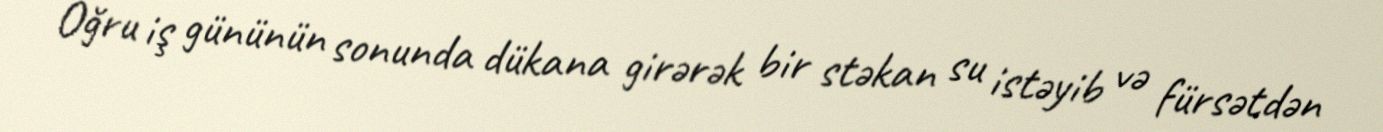
Oğru iş gününün sonunda dükana girərək bir stəkan su istəyib və fürsətdən